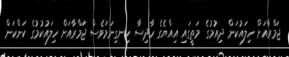
ޖަމްރާއަށް ހިލައުކަން ދިއުމުގެ މަތީގައި އިއްޔެގެ ހާދިސާ ހިނގިނަމަވެސް ޖަމްރާއަށް ހިލައުކުމުގެ ކަންކަން